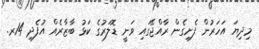
މިދިޔަ އަހަރުން ފެށިގެން ރާއްޖޭގައި ވަނީ ޑޮލަރުގެ ކަޅު ބާޒާރެއް އުފެދި 14ރ.